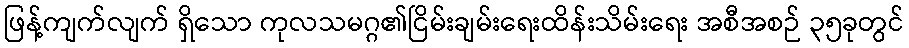
ဖြန့်ကျက်လျက် ရှိသော ကုလသမဂ္ဂ၏ငြိမ်းချမ်းရေးထိန်းသိမ်းရေး အစီအစဉ် ၃၅ခုတွင်